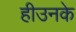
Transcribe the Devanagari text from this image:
हीउनके